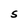
Character: S